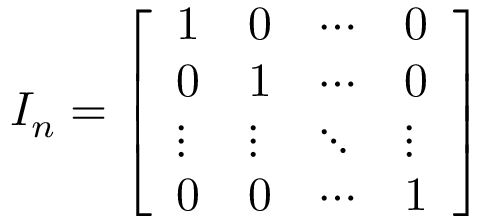
I _ { n } = { \left[ \begin{array} { l l l l } { 1 } & { 0 } & { \cdots } & { 0 } \\ { 0 } & { 1 } & { \cdots } & { 0 } \\ { \vdots } & { \vdots } & { \ddots } & { \vdots } \\ { 0 } & { 0 } & { \cdots } & { 1 } \end{array} \right] }